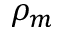
\rho _ { m }